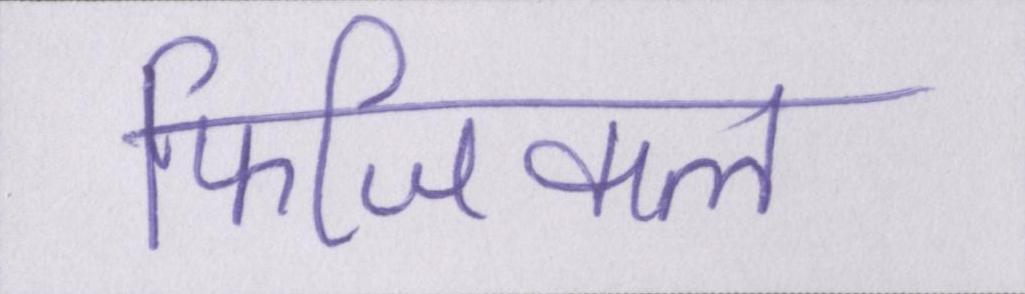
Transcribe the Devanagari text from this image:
फिजिकल